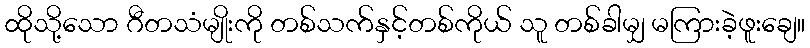
ထိုသို့သော ဂီတသံမျိုးကို တစ်သက်နှင့်တစ်ကိုယ် သူ တစ်ခါမျှ မကြားခဲ့ဖူးချေ။